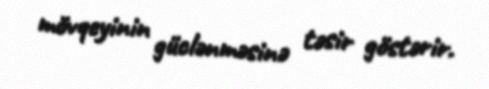
mövqeyinin güclənməsinə təsir göstərir.